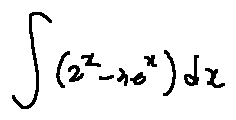
\int ( 2 ^ { x } - 3 e ^ { x } ) d x